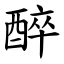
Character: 醉